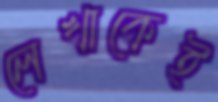
লেখাকেই